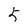
Character: 5